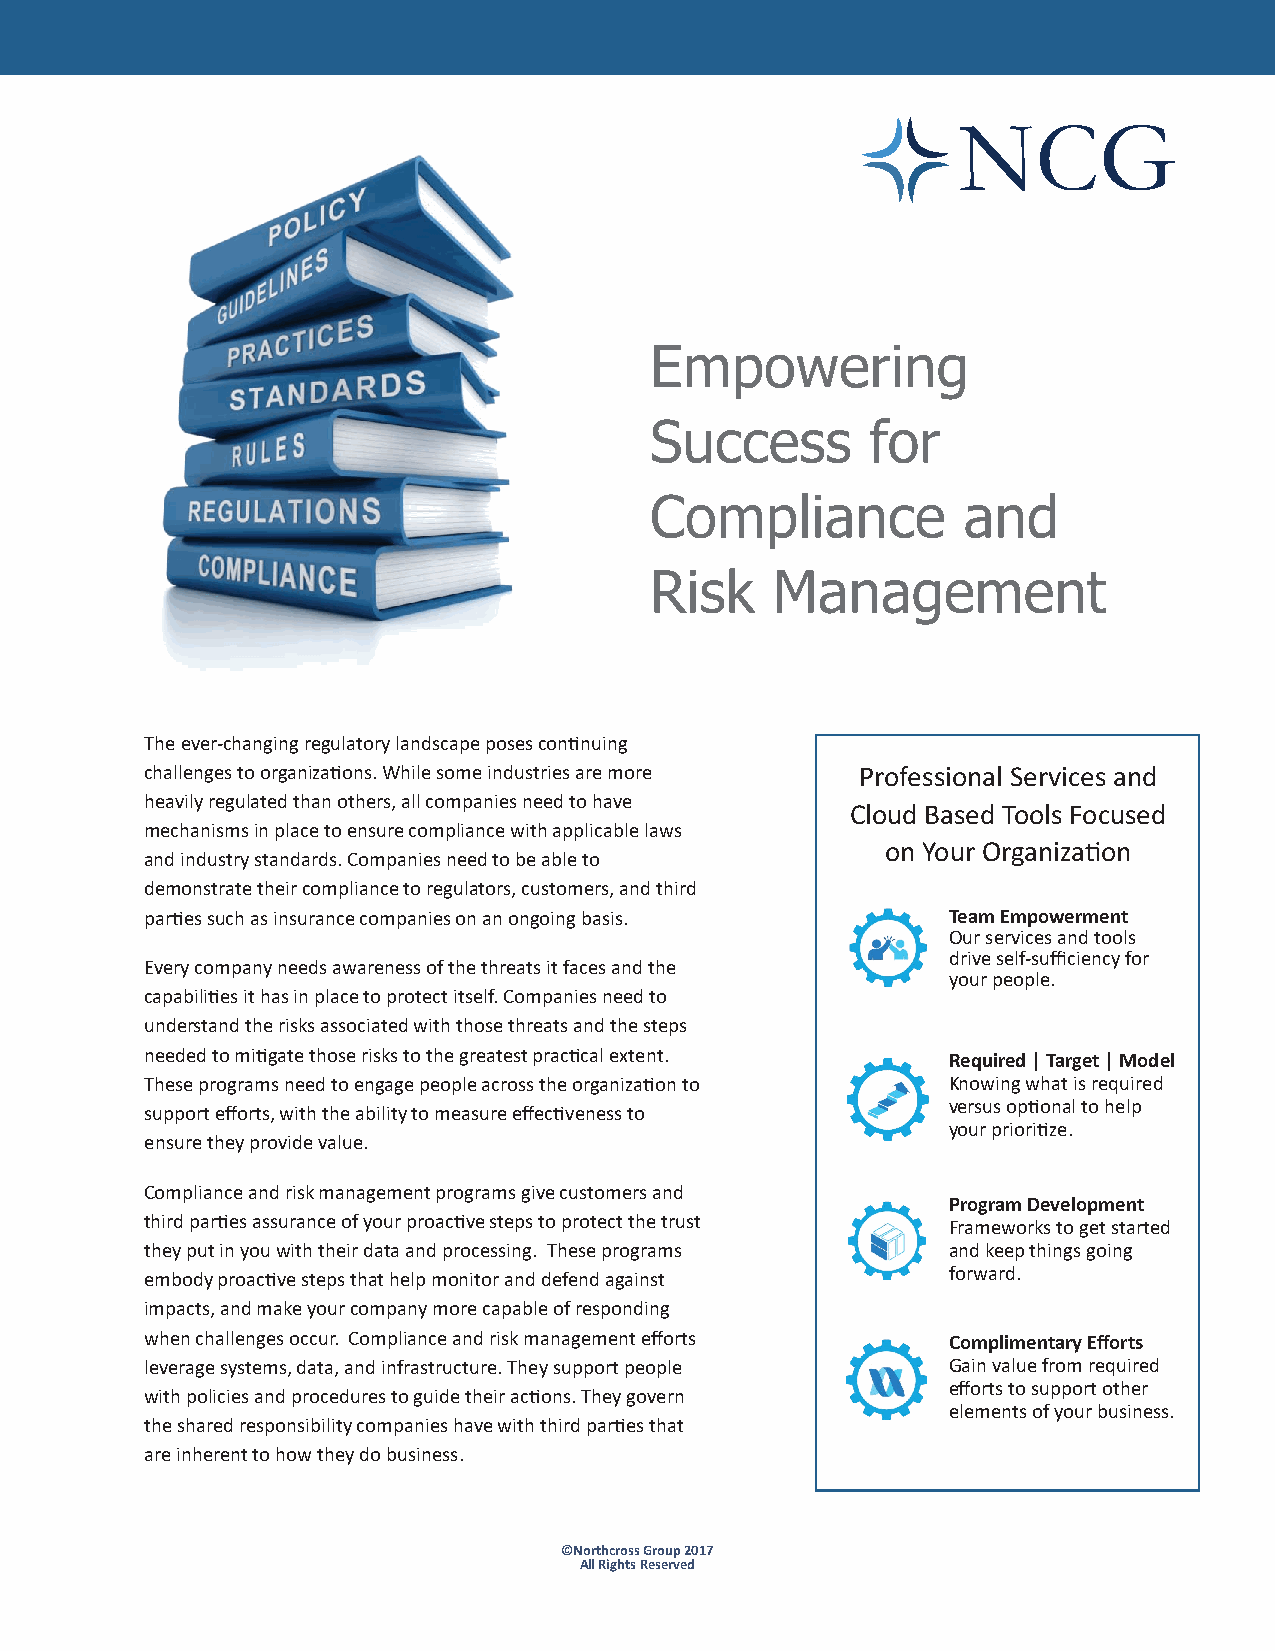
NCG
 Empowering
 Success        for
 Compliance           and
 Risk    Management
 The ever‐changing regulatory landscape poses continuing
 challenges to organizations. While some industries are more Professional Services and
 heavily regulated than others, all companies need to have
 Cloud Based Tools Focused
 mechanisms in place to ensure compliance with applicable laws
 on Your Organization
 and industry standards. Companies need to be able to
 demonstrate their compliance to regulators, customers, and third
 parties such as insurance companies on an ongoing basis. Team Empowerment
 Our services and tools
 drive self‐sufficiency for
 Every company needs awareness of the threats it faces and the
 your people.
 capabilities it has in place to protect itself. Companies need to
 understand the risks associated with those threats and the steps
 needed to mitigate those risks to the greatest practical extent. Required | Target | Model
 These programs need to engage people across the organization to Knowing what is required
 versus optional to help
 support efforts, with the ability to measure effectiveness to
 your prioritize.
 ensure they provide value.
 Compliance and risk management programs give customers and
 Program Development
 third parties assurance of your proactive steps to protect the trust Frameworks to get started
 they put in you with their data and processing. These programs and keep things going
 forward.
 embody proactive steps that help monitor and defend against
 impacts, and make your company more capable of responding
 when challenges occur. Compliance and risk management efforts Complimentary Efforts
 leverage systems, data, and infrastructure. They support people Gain value from required
 efforts to support other
 with policies and procedures to guide their actions. They govern
 elements of your business.
 the shared responsibility companies have with third parties that
 are inherent to how they do business.
 ©Northcross Group 2017
 All Rights Reserved